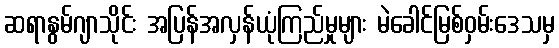
ဆရာနွမ်ဂျာသိုင်း အပြန်အလှန်ယုံကြည်မှုများ မဲခေါင်မြစ်ဝှမ်းဒေသမှ